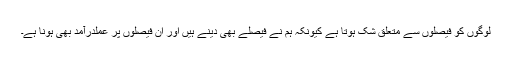
لوگوں کو فیصلوں سے متعلق شک ہوتا ہے کیونکہ ہم نے فیصلے بھی دینے ہیں اور ان فیصلوں پر عملدرآمد بھی ہونا ہے۔